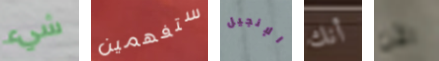
شيء ستفهمين الإنجيل أنك الآن